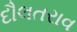
દૌલતરાવ